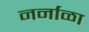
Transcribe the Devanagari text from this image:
नर्नाळा